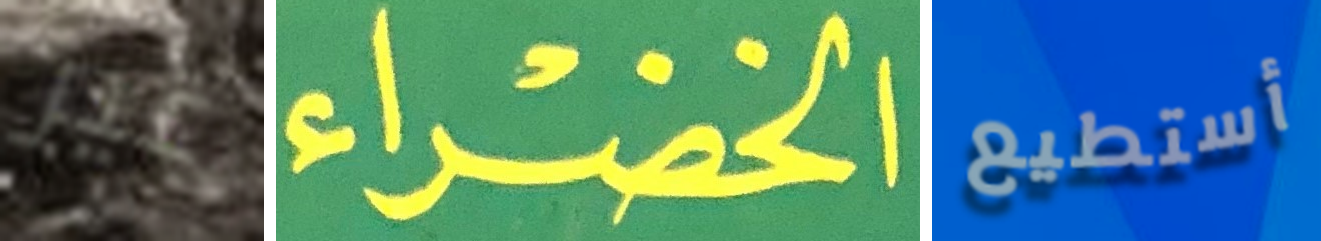
غير الخضراء أستطيع